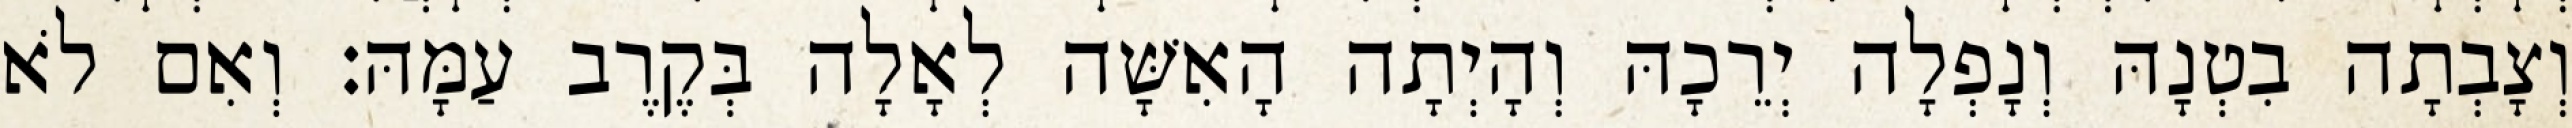
וְצָבְתָה בִטְנָהּ וְנָפְלָה יְרֵכָהּ וְהָיְתָה הָאִשָּׁה לְאָלָה בְּקֶרֶב עַמָּהּ׃ וְאִם לֹא